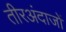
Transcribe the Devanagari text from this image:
तीरअंदाजों